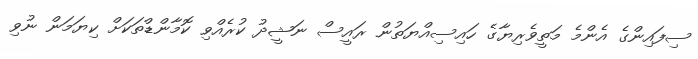
ސިފައިންގެ އެންމެ މަތީވެރިޔާގެ ހައިސިއްޔަތުން ރައީސް ނަޝީދު ކުރެއްވި ކޮމާންޑްތަކަށް ކިޔަމަން ނުވި